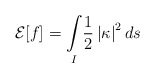
\begin{align*}\mathcal{E}[f]=\underset{I}{\int }\frac{1}{2}\left|\kappa\right|^{2}ds\end{align*}